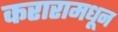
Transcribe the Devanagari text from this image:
करारामधून